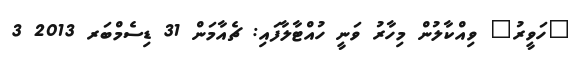
"ހަވީރު" ވިއްކާލުން މިހާރު ވަނީ ހުއްޓާލާފައި: ޗެއާމަން 31 ޑިސެމްބަރ 2013 3